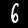
Digit: 6